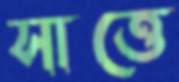
সাত্তে